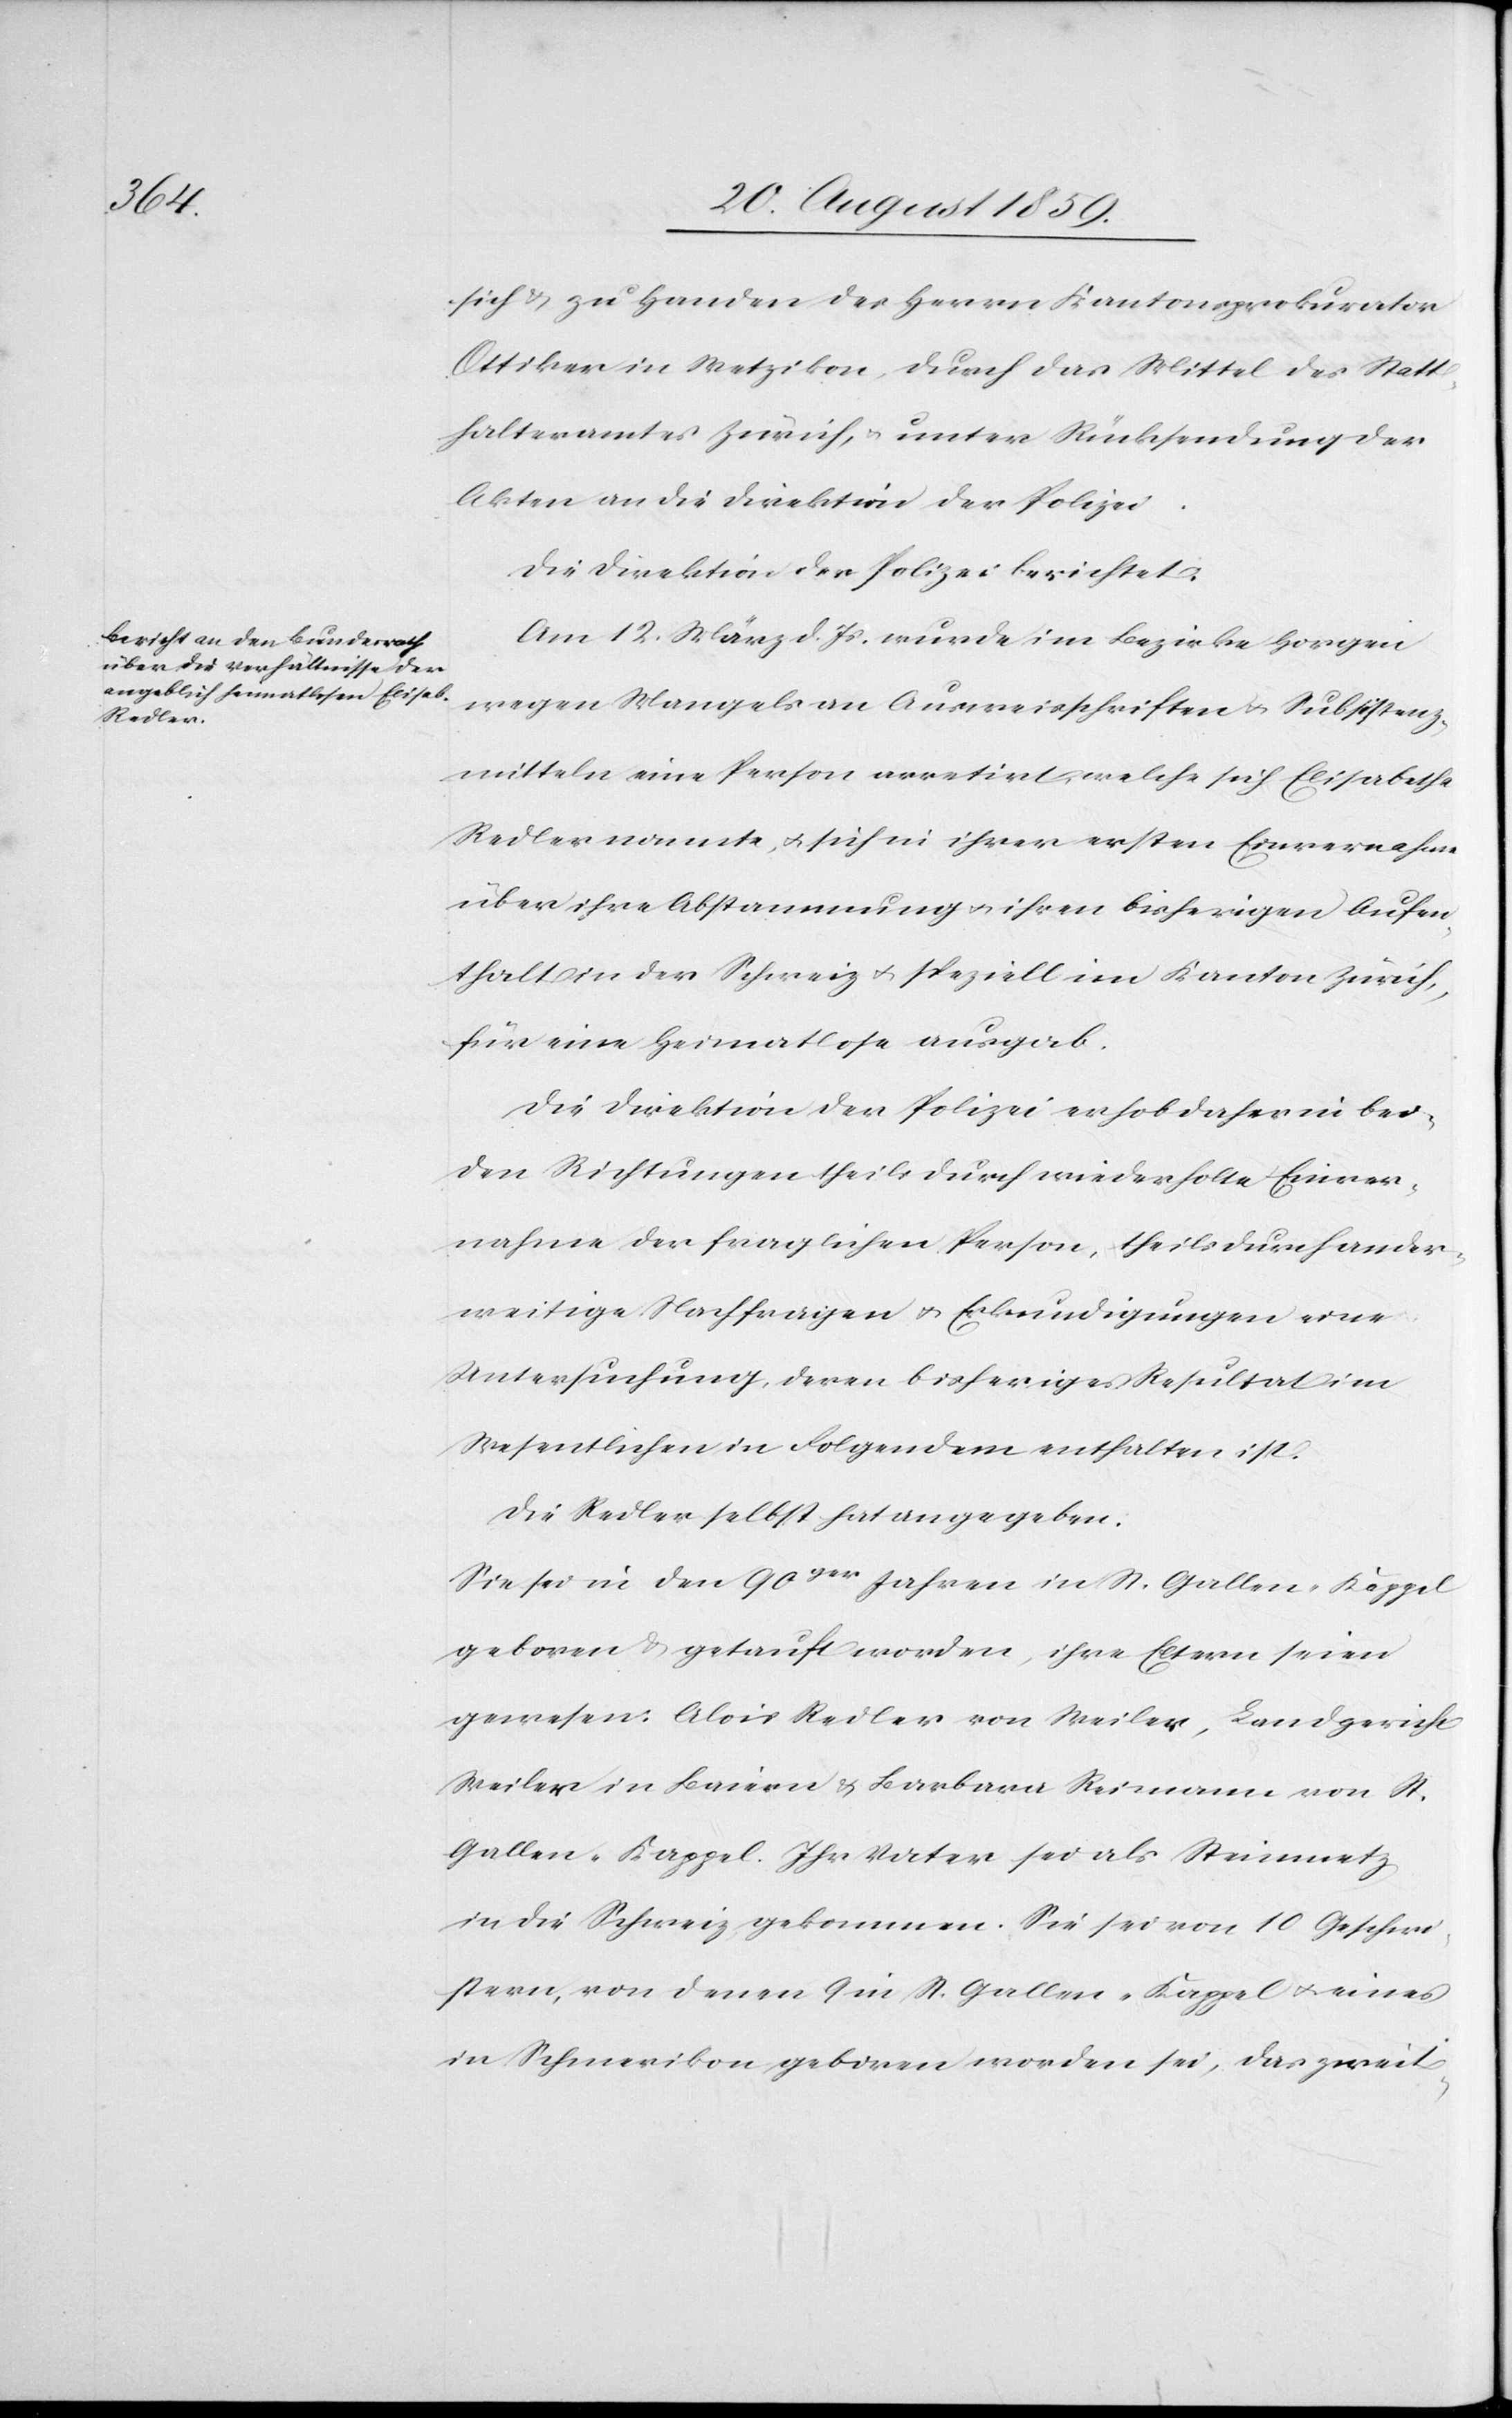
sich & zu Handen des Herrn Kantonsprokurator
Ottiker in Wetzikon, durch das Mittel des Statt¬
halteramtes Zürich, & unter Rücksendung der
Akten an die Direktion der Polizei.
Die Direktion der Polizei berichtet:
Am 12. März d. Js. wurde im Bezirke Horgen
wegen Mangels an Ausweisschriften & Subsistenz¬
mitteln eine Person arretirt, welche sich Elisabetha
Redler nannte & sich in ihrer ersten Einvernahme
über ihre Abstammung & ihren bisherigen Aufen¬
thalt in der Schweiz & speziell im Kanton Zürich,
für eine Heimatlose ausgab.
Die Direktion der Polizei erhob daher in bei¬
den Richtungen theils durch wiederholte Einver¬
nahme der fraglichen Person, theils durch ander¬
weitige Nachfragen & Erkundigungen eine
Untersuchung, deren bisheriges Resultat im
Wesentlichen in Folgendem enthalten ist.
Die Redler selbst hat angegeben.
Sie sei in den 90ger Jahren in St. Gallen-Käppel
geboren & getauft worden, ihre Eltern seien
gewesen: Alois Redler von Weiler, Landgericht
Weiler in Baiern & Barbara Reimann von St.
Gallen-Kappel. Ihr Vater sei als Steinmetz
in die Schweiz gekommen. Sie sei von 10 Geschwi¬
stern, von denen 9 in St. Gallen-Kappel & eines
in Schmerikon geboren worden sei, das zweit-